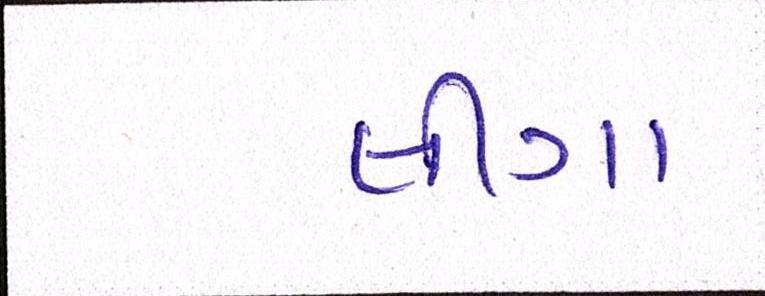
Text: લીગા